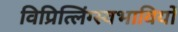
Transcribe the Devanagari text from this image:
विप्रित्लिंग्स्वभावियों